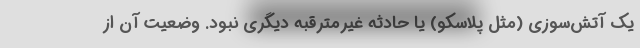
يك آتش‌سوزي (مثل پلاسكو) يا حادثه غيرمترقبه ديگري نبود. وضعيت آن از